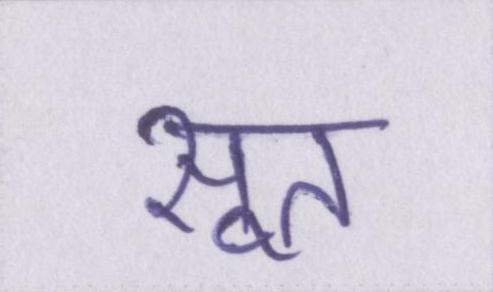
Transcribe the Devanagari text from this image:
सूत